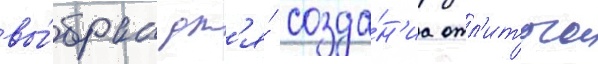
вы́бран дл'я́ созда́н'иа отл'итого